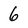
Character: 6